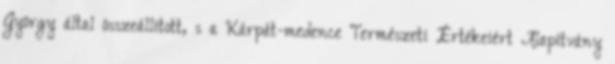
György által összeállított, s a Kárpát-medence Természeti Értékeiért Alapítvány